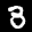
Label: 3